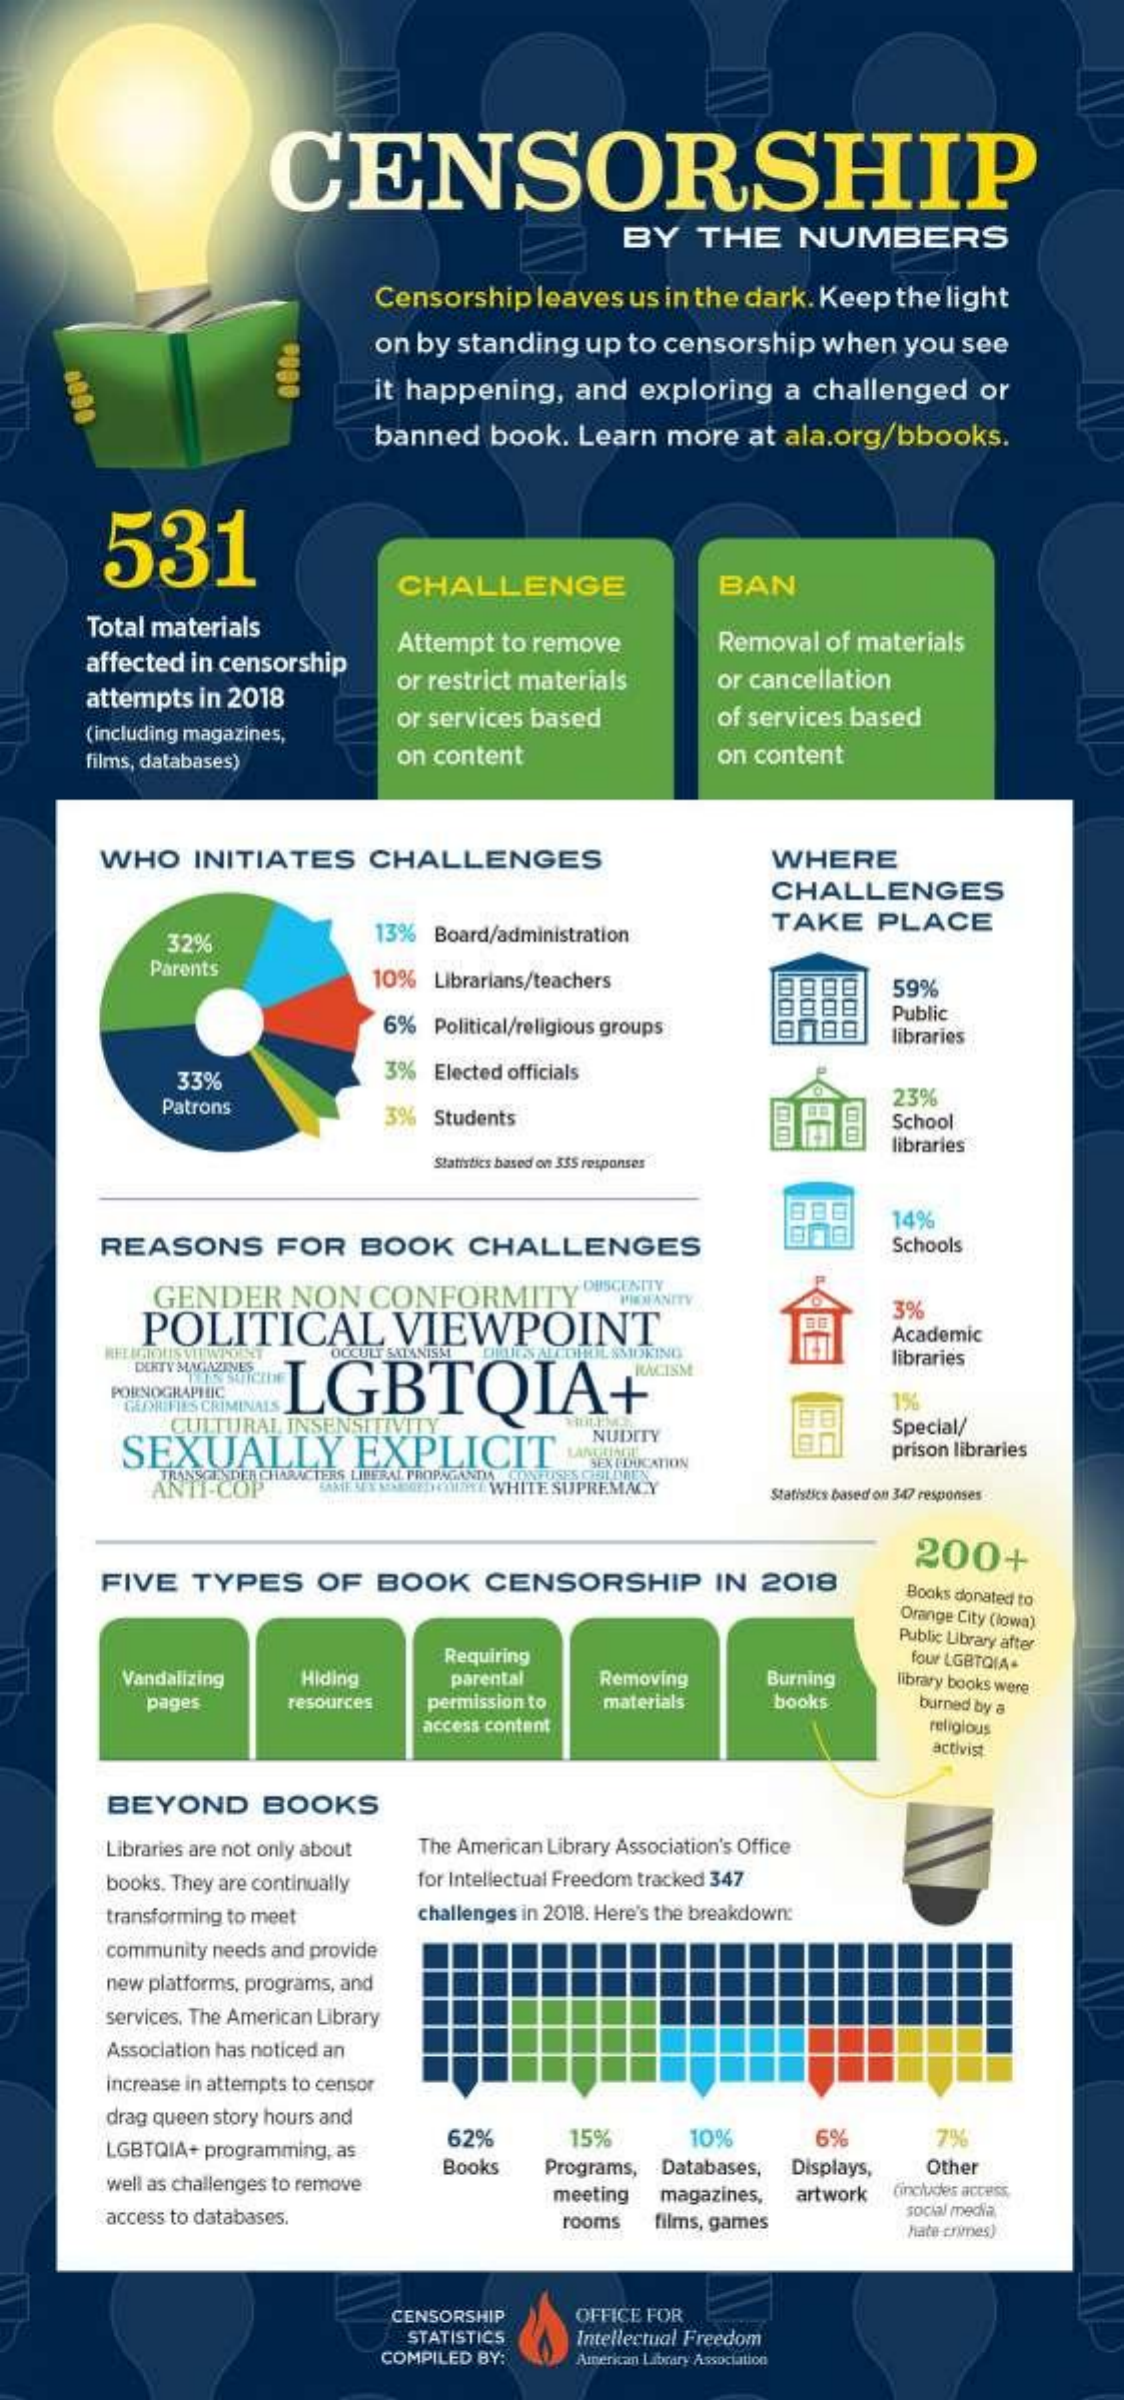
CENSORSHIP
     BY    THE    NUMBERS
     Censorship   leaves us in the dark. Keep  the light
     on by  standing  up to censorship   when   you see
     it happening,   and  exploring   a challenged    or
     banned   book.  Learn  more   at ala.org/bbooks.
     531
     CHALLENGE    BAN
     Total materials
     affected in censorship
     Attempt to remove    Removal of materials
     attempts in 2018
     or restrict materials    or cancellation
     (including magazines,
     or services based    of services based
     films, databases)    on content    on content
     WHO    INITIATES    CHALLENGES    WHERE
     CHALLENGES
     32%    13%  Board/administration    TAKE    PLACE
     Parents    10%  Librarians/teachers
     COCO
     CO
     59%
     6%  Political/religious groups
     Public
     libraries
     33%    3%  Elected officials
     Patrons    3%  Students
     23%
     School
     libraries
     Statistics based on 355 responses
     14%
     REASONS    FOR    BOOK    CHALLENGES    Schools
     GENDER    NON    CONFORMITY    OUSCENITY
     POLITICAL    VIEWPOINT
     PROFANITY    3%
     Academic
     RELIGIOUS    OCCULT SATANISME
     DERTY MAGAZINES
     LGBTQIA+
     İL. SMIDKING    libraries
     PORNOGRAPHIC
     CULTURAL INSENSITIVITY
     1%
     SEXUALLY    EXPLICIT    MANUAL
     NUDITY    Special/
     NSCISDICH CHARACTERS LIBERAL PROPAGANDA
     SEX EDUCATION
     prison libraries
     ANTI-COP    SAMESEX MAGEDYOUR WHITE SUPREMACY   Statistics based on 347 responses
     200+
     FIVE    TYPES    OF   BOOK    CENSORSHIP    IN  2018    Books donated to
     Orange City (lowa)
     Public Library after
     Requiring    four LGBTQIA.
     Vandalizing   Hiding    parental    Removing    Burning   library books were
     pages    resources  permission to  materials    books    burned by a
     access content    religious
     activist
     BEYOND    BOOKS
     Libraries are not only about The American Library Association's Office
     books. They are continually for Intellectual Freedom tracked 347
     transforming to meet    challenges in 2018. Here's the breakdown:
     community needs and provide
     new platforms, programs, and
     services, The American Library
     Association has noticed an
     increase in attempts to censor
     drag queen story hours and
     LGBTQIA+ programming, as
     62%    15%    10%    6%    7%
     well as challenges to remove
     Books   Programs, Databases, Displays, Other
     meeting magazines, artwork cincludes access,
     access to databases.    rooms   films, games
     social media,
     hate crimes)
     CENSORSHIP    OFFICE FOR
     STATISTICS
     COMPILED BY:
     Intellectual Freedom
     American Library Association